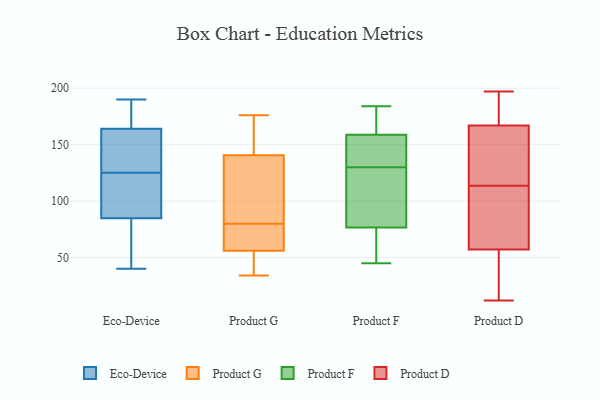
{"axis": {"x": "Demand Index", "y": "Value"}, "legend": ["Eco-Device", "Product D", "Product F", "Product G"], "data": [{"x": "", "y": 190, "type": "Eco-Device"}, {"x": "", "y": 77, "type": "Eco-Device"}, {"x": "", "y": 125, "type": "Eco-Device"}, {"x": "", "y": 125, "type": "Eco-Device"}, {"x": "", "y": 172, "type": "Eco-Device"}, {"x": "", "y": 143, "type": "Eco-Device"}, {"x": "", "y": 42, "type": "Eco-Device"}, {"x": "", "y": 108, "type": "Eco-Device"}, {"x": "", "y": 137, "type": "Eco-Device"}, {"x": "", "y": 171, "type": "Eco-Device"}, {"x": "", "y": 40, "type": "Eco-Device"}, {"x": "", "y": 38, "type": "Product G"}, {"x": "", "y": 163, "type": "Product G"}, {"x": "", "y": 176, "type": "Product G"}, {"x": "", "y": 118, "type": "Product G"}, {"x": "", "y": 54, "type": "Product G"}, {"x": "", "y": 96, "type": "Product G"}, {"x": "", "y": 58, "type": "Product G"}, {"x": "", "y": 64, "type": "Product G"}, {"x": "", "y": 34, "type": "Product G"}, {"x": "", "y": 64, "type": "Product G"}, {"x": "", "y": 99, "type": "Product G"}, {"x": "", "y": 173, "type": "Product G"}, {"x": "", "y": 76, "type": "Product F"}, {"x": "", "y": 45, "type": "Product F"}, {"x": "", "y": 96, "type": "Product F"}, {"x": "", "y": 67, "type": "Product F"}, {"x": "", "y": 130, "type": "Product F"}, {"x": "", "y": 78, "type": "Product F"}, {"x": "", "y": 155, "type": "Product F"}, {"x": "", "y": 184, "type": "Product F"}, {"x": "", "y": 160, "type": "Product F"}, {"x": "", "y": 177, "type": "Product F"}, {"x": "", "y": 144, "type": "Product F"}, {"x": "", "y": 197, "type": "Product D"}, {"x": "", "y": 21, "type": "Product D"}, {"x": "", "y": 170, "type": "Product D"}, {"x": "", "y": 60, "type": "Product D"}, {"x": "", "y": 29, "type": "Product D"}, {"x": "", "y": 12, "type": "Product D"}, {"x": "", "y": 110, "type": "Product D"}, {"x": "", "y": 163, "type": "Product D"}, {"x": "", "y": 117, "type": "Product D"}, {"x": "", "y": 183, "type": "Product D"}, {"x": "", "y": 179, "type": "Product D"}, {"x": "", "y": 164, "type": "Product D"}, {"x": "", "y": 60, "type": "Product D"}, {"x": "", "y": 28, "type": "Product D"}, {"x": "", "y": 79, "type": "Product D"}, {"x": "", "y": 106, "type": "Product D"}, {"x": "", "y": 161, "type": "Product D"}, {"x": "", "y": 161, "type": "Product D"}, {"x": "", "y": 54, "type": "Product D"}, {"x": "", "y": 187, "type": "Product D"}]}